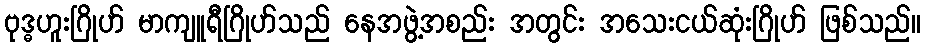
ဗုဒ္ဓဟူးဂြိုဟ် မာကျူရီဂြိုဟ်သည် နေအဖွဲ့အစည်း အတွင်း အသေးငယ်ဆုံးဂြိုဟ် ဖြစ်သည်။